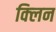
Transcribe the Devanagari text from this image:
क्‍लिन